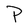
Character: P